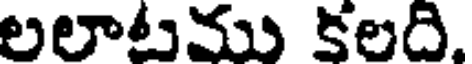
లలాటము కలది.